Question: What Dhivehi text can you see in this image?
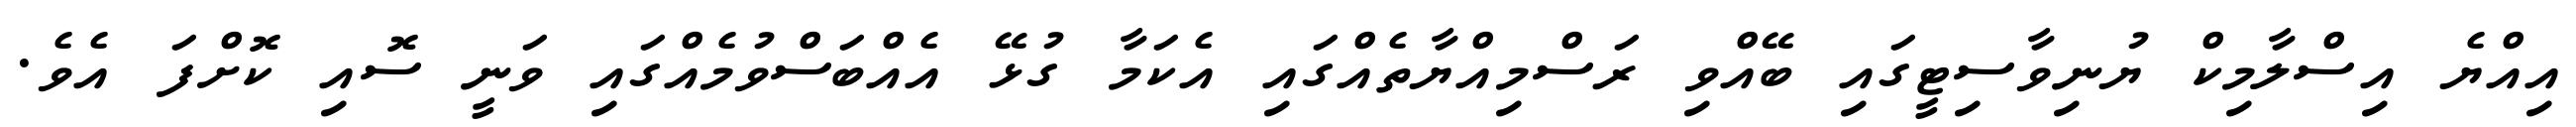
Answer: އިއްޔެ އިސްލާމިކް ޔުނިވާސިޓީގައި ބޭއްވި ރަސްމިއްޔާތެއްގައި އެކަމާ ގުޅޭ އެއްބަސްވުމެއްގައި ވަނީ ސޮއި ކޮށްފަ އެވެ.